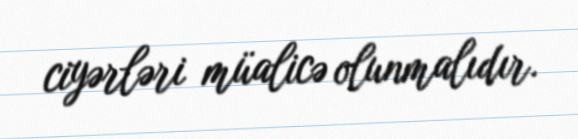
ciyərləri müalicə olunmalıdır.